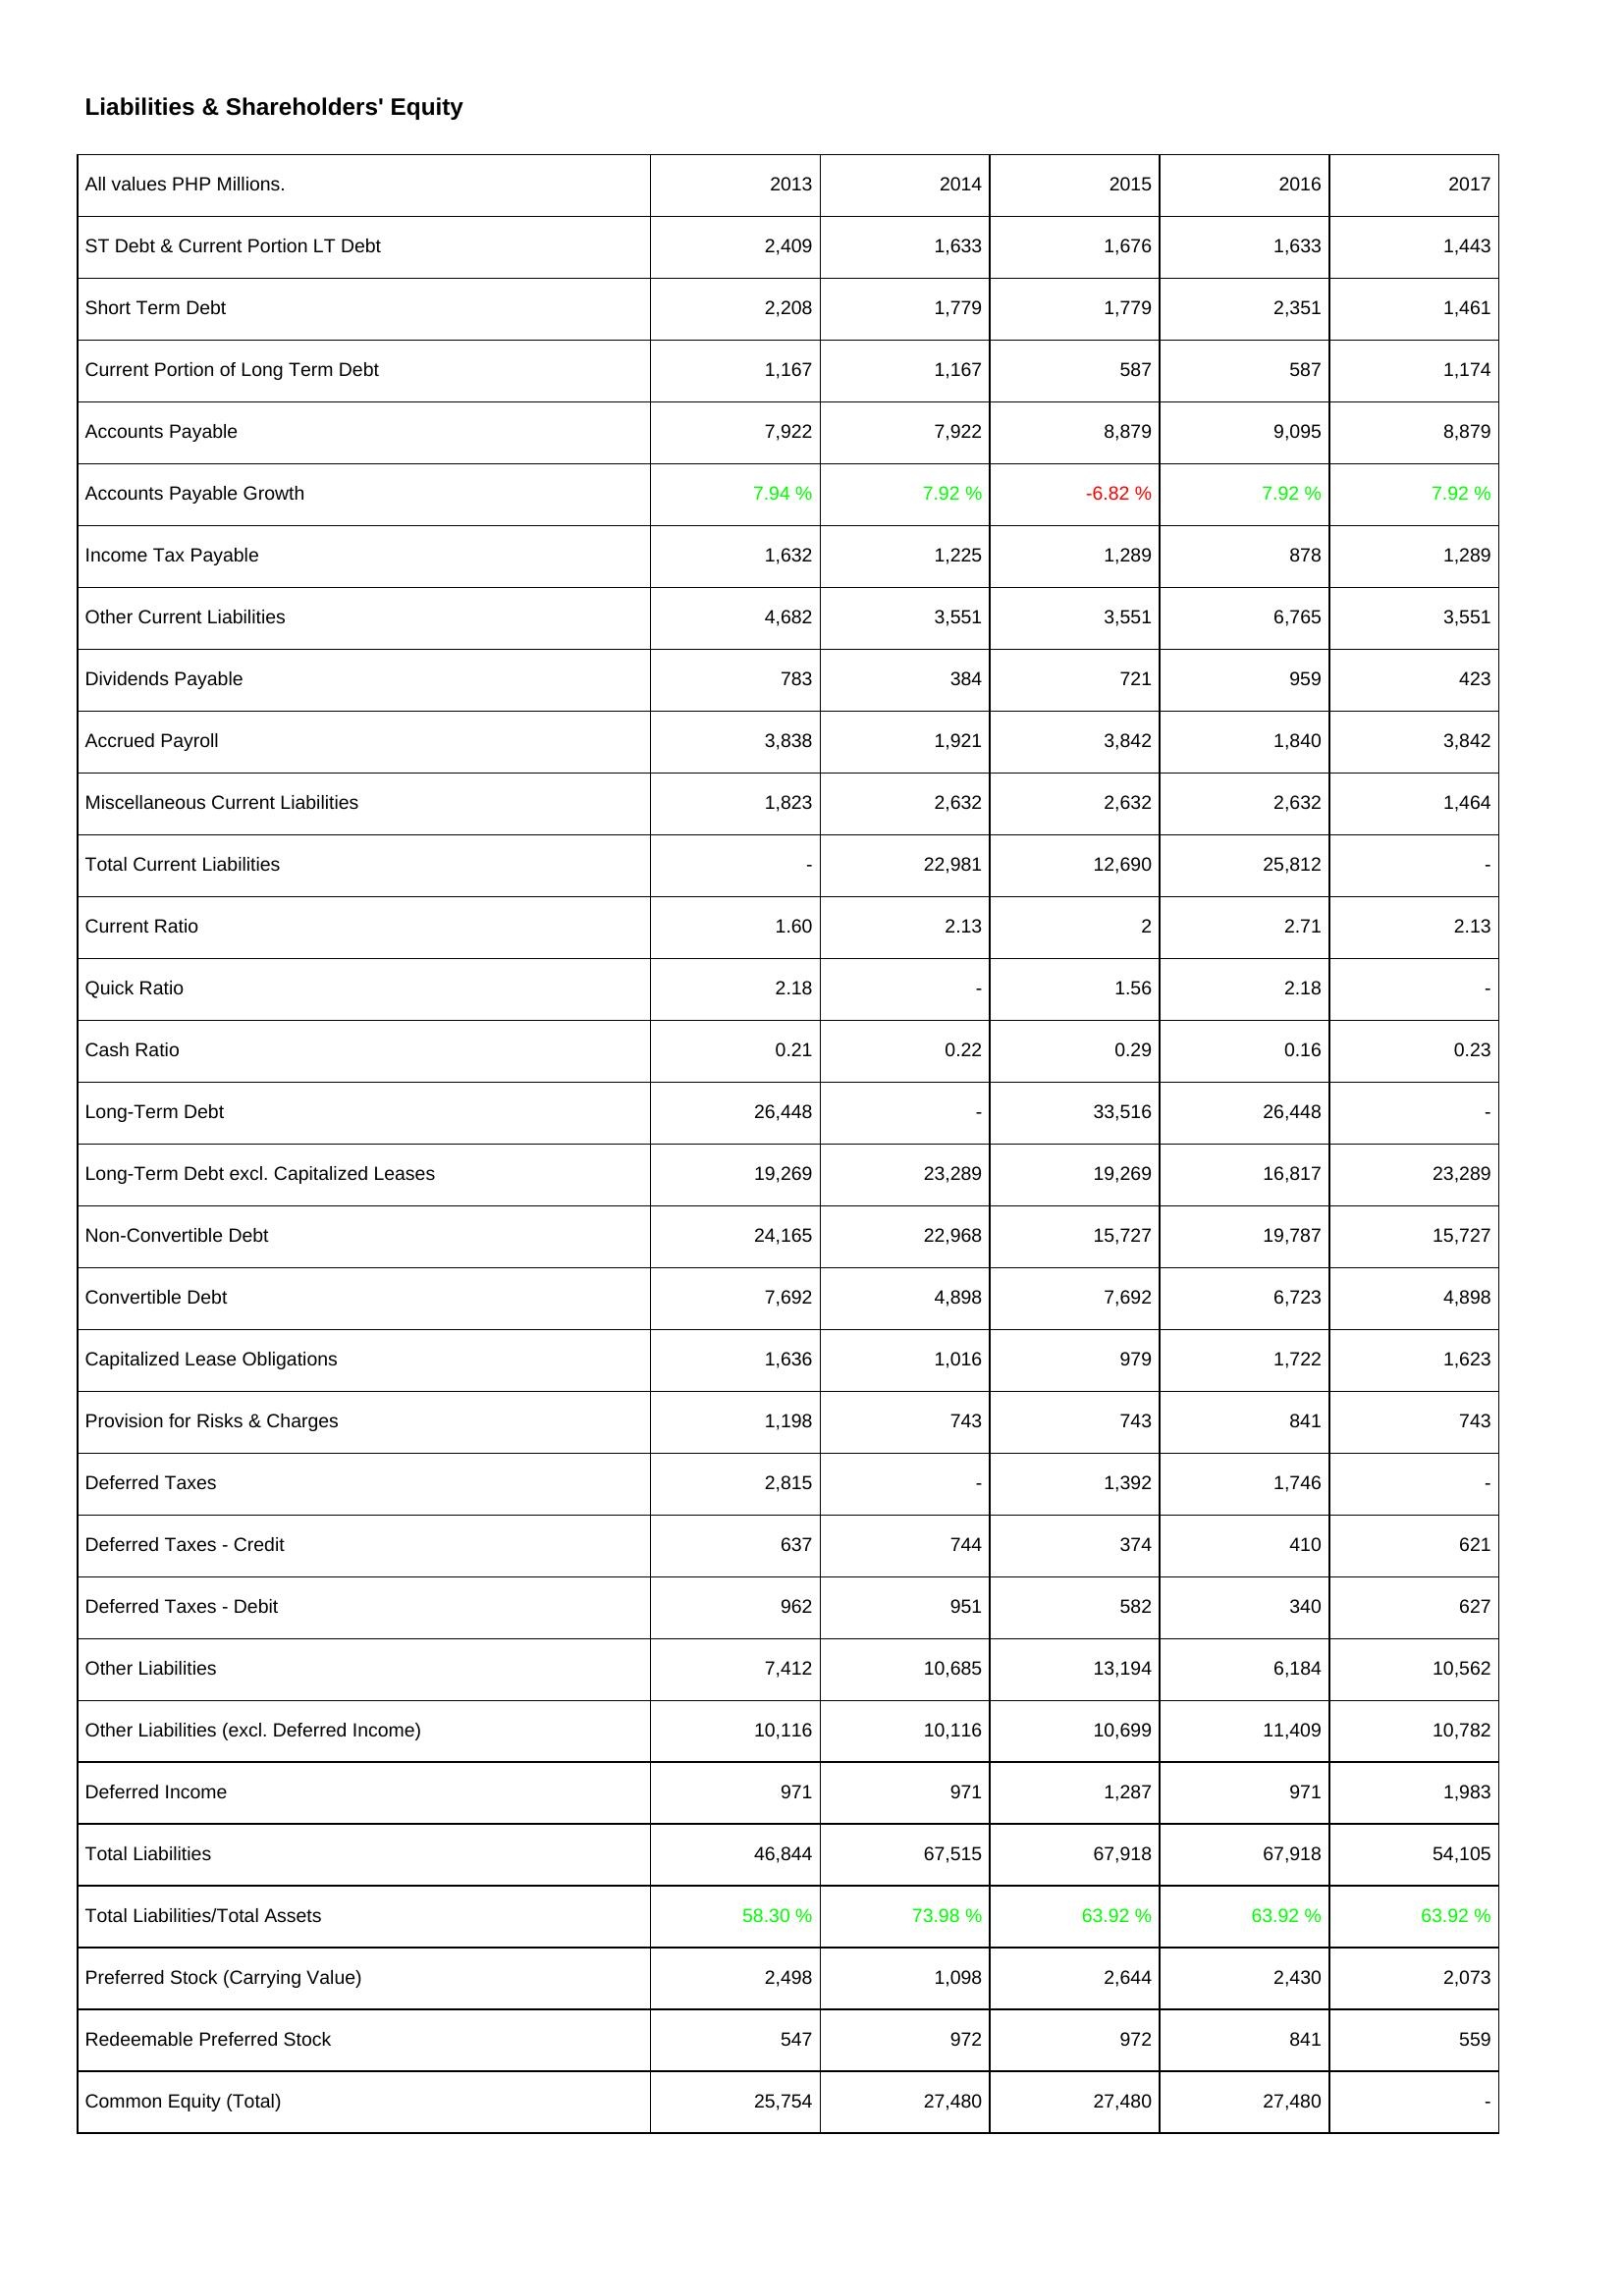
2013: Liabilities & Shareholders' Equity: ST Debt & Current Portion LT Debt: 2,409
Short Term Debt: 2,208
Current Portion of Long Term Debt: 1,167
Accounts Payable: 7,922
Accounts Payable Growth: 7.94 %
Income Tax Payable: 1,632
Other Current Liabilities: 4,682
Dividends Payable: 783
Accrued Payroll: 3,838
Miscellaneous Current Liabilities: 1,823
Total Current Liabilities: -
Current Ratio: 1.60
Quick Ratio: 2.18
Cash Ratio: 0.21
Long-Term Debt: 26,448
Long-Term Debt excl. Capitalized Leases: 19,269
Non-Convertible Debt: 24,165
Convertible Debt: 7,692
Capitalized Lease Obligations: 1,636
Provision for Risks & Charges: 1,198
Deferred Taxes: 2,815
Deferred Taxes - Credit: 637
Deferred Taxes - Debit: 962
Other Liabilities: 7,412
Other Liabilities (excl. Deferred Income): 10,116
Deferred Income: 971
Total Liabilities: 46,844
Total Liabilities/Total Assets: 58.30 %
Preferred Stock (Carrying Value): 2,498
Redeemable Preferred Stock: 547
Common Equity (Total): 25,754
2014: Liabilities & Shareholders' Equity: ST Debt & Current Portion LT Debt: 1,633
Short Term Debt: 1,779
Current Portion of Long Term Debt: 1,167
Accounts Payable: 7,922
Accounts Payable Growth: 7.92 %
Income Tax Payable: 1,225
Other Current Liabilities: 3,551
Dividends Payable: 384
Accrued Payroll: 1,921
Miscellaneous Current Liabilities: 2,632
Total Current Liabilities: 22,981
Current Ratio: 2.13
Quick Ratio: -
Cash Ratio: 0.22
Long-Term Debt: -
Long-Term Debt excl. Capitalized Leases: 23,289
Non-Convertible Debt: 22,968
Convertible Debt: 4,898
Capitalized Lease Obligations: 1,016
Provision for Risks & Charges: 743
Deferred Taxes: -
Deferred Taxes - Credit: 744
Deferred Taxes - Debit: 951
Other Liabilities: 10,685
Other Liabilities (excl. Deferred Income): 10,116
Deferred Income: 971
Total Liabilities: 67,515
Total Liabilities/Total Assets: 73.98 %
Preferred Stock (Carrying Value): 1,098
Redeemable Preferred Stock: 972
Common Equity (Total): 27,480
2015: Liabilities & Shareholders' Equity: ST Debt & Current Portion LT Debt: 1,676
Short Term Debt: 1,779
Current Portion of Long Term Debt: 587
Accounts Payable: 8,879
Accounts Payable Growth: -6.82 %
Income Tax Payable: 1,289
Other Current Liabilities: 3,551
Dividends Payable: 721
Accrued Payroll: 3,842
Miscellaneous Current Liabilities: 2,632
Total Current Liabilities: 12,690
Current Ratio: 2
Quick Ratio: 1.56
Cash Ratio: 0.29
Long-Term Debt: 33,516
Long-Term Debt excl. Capitalized Leases: 19,269
Non-Convertible Debt: 15,727
Convertible Debt: 7,692
Capitalized Lease Obligations: 979
Provision for Risks & Charges: 743
Deferred Taxes: 1,392
Deferred Taxes - Credit: 374
Deferred Taxes - Debit: 582
Other Liabilities: 13,194
Other Liabilities (excl. Deferred Income): 10,699
Deferred Income: 1,287
Total Liabilities: 67,918
Total Liabilities/Total Assets: 63.92 %
Preferred Stock (Carrying Value): 2,644
Redeemable Preferred Stock: 972
Common Equity (Total): 27,480
2016: Liabilities & Shareholders' Equity: ST Debt & Current Portion LT Debt: 1,633
Short Term Debt: 2,351
Current Portion of Long Term Debt: 587
Accounts Payable: 9,095
Accounts Payable Growth: 7.92 %
Income Tax Payable: 878
Other Current Liabilities: 6,765
Dividends Payable: 959
Accrued Payroll: 1,840
Miscellaneous Current Liabilities: 2,632
Total Current Liabilities: 25,812
Current Ratio: 2.71
Quick Ratio: 2.18
Cash Ratio: 0.16
Long-Term Debt: 26,448
Long-Term Debt excl. Capitalized Leases: 16,817
Non-Convertible Debt: 19,787
Convertible Debt: 6,723
Capitalized Lease Obligations: 1,722
Provision for Risks & Charges: 841
Deferred Taxes: 1,746
Deferred Taxes - Credit: 410
Deferred Taxes - Debit: 340
Other Liabilities: 6,184
Other Liabilities (excl. Deferred Income): 11,409
Deferred Income: 971
Total Liabilities: 67,918
Total Liabilities/Total Assets: 63.92 %
Preferred Stock (Carrying Value): 2,430
Redeemable Preferred Stock: 841
Common Equity (Total): 27,480
2017: Liabilities & Shareholders' Equity: ST Debt & Current Portion LT Debt: 1,443
Short Term Debt: 1,461
Current Portion of Long Term Debt: 1,174
Accounts Payable: 8,879
Accounts Payable Growth: 7.92 %
Income Tax Payable: 1,289
Other Current Liabilities: 3,551
Dividends Payable: 423
Accrued Payroll: 3,842
Miscellaneous Current Liabilities: 1,464
Total Current Liabilities: -
Current Ratio: 2.13
Quick Ratio: -
Cash Ratio: 0.23
Long-Term Debt: -
Long-Term Debt excl. Capitalized Leases: 23,289
Non-Convertible Debt: 15,727
Convertible Debt: 4,898
Capitalized Lease Obligations: 1,623
Provision for Risks & Charges: 743
Deferred Taxes: -
Deferred Taxes - Credit: 621
Deferred Taxes - Debit: 627
Other Liabilities: 10,562
Other Liabilities (excl. Deferred Income): 10,782
Deferred Income: 1,983
Total Liabilities: 54,105
Total Liabilities/Total Assets: 63.92 %
Preferred Stock (Carrying Value): 2,073
Redeemable Preferred Stock: 559
Common Equity (Total): -